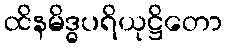
ထိနမိဒ္ဓပရိယုဋ္ဌိတော